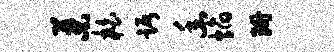
叶柏踞幽焰珊